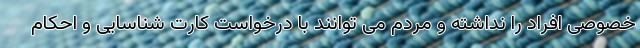
خصوصی افراد را نداشته و مردم می توانند با درخواست کارت شناسایی و احکام